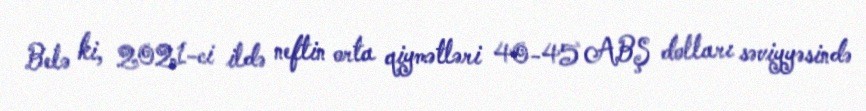
Belə ki, 2021-ci ildə neftin orta qiymətləri 40-45 ABŞ dolları səviyyəsində